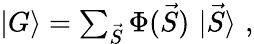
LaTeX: \begin{array}{r}{\mathinner{|{G}\rangle}=\sum_{\vec{S}}\Phi(\vec{S})\, \mathinner{|{\vec{S}}\rangle}\, ,}\end{array}